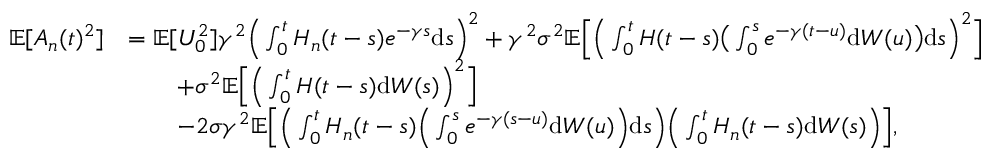
\begin{array} { r l } { \mathbb { E } [ A _ { n } ( t ) ^ { 2 } ] } & { = \mathbb { E } [ U _ { 0 } ^ { 2 } ] \gamma ^ { 2 } \Big ( \int _ { 0 } ^ { t } H _ { n } ( t - s ) e ^ { - \gamma s } \mathrm { d } s \Big ) ^ { 2 } + \gamma ^ { 2 } \sigma ^ { 2 } \mathbb { E } \Big [ \Big ( \int _ { 0 } ^ { t } H ( t - s ) \big ( \int _ { 0 } ^ { s } e ^ { - \gamma ( t - u ) } \mathrm { d } W ( u ) \big ) \mathrm { d } s \Big ) ^ { 2 } \Big ] } \\ & { \qquad + \sigma ^ { 2 } \mathbb { E } \Big [ \Big ( \int _ { 0 } ^ { t } H ( t - s ) \mathrm { d } W ( s ) \Big ) ^ { 2 } \Big ] } \\ & { \qquad - 2 \sigma \gamma ^ { 2 } \mathbb { E } \Big [ \Big ( \int _ { 0 } ^ { t } H _ { n } ( t - s ) \Big ( \int _ { 0 } ^ { s } e ^ { - \gamma ( s - u ) } \mathrm { d } W ( u ) \Big ) \mathrm { d } s \Big ) \Big ( \int _ { 0 } ^ { t } H _ { n } ( t - s ) \mathrm { d } W ( s ) \Big ) \Big ] , } \end{array}